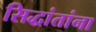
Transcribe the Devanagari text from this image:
सिद्धांतांना